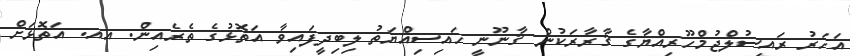
އަހަރު ރައީސުލްޖުމްހޫރިއްޔާގެ ޤާރާރަކުން ޤާނޫނީ ހައިސިއްޔަތު ލިބިދީފައިވާ އަތޮޅުގެ ތެރެއިން. އއ. އަތޮޅަށް